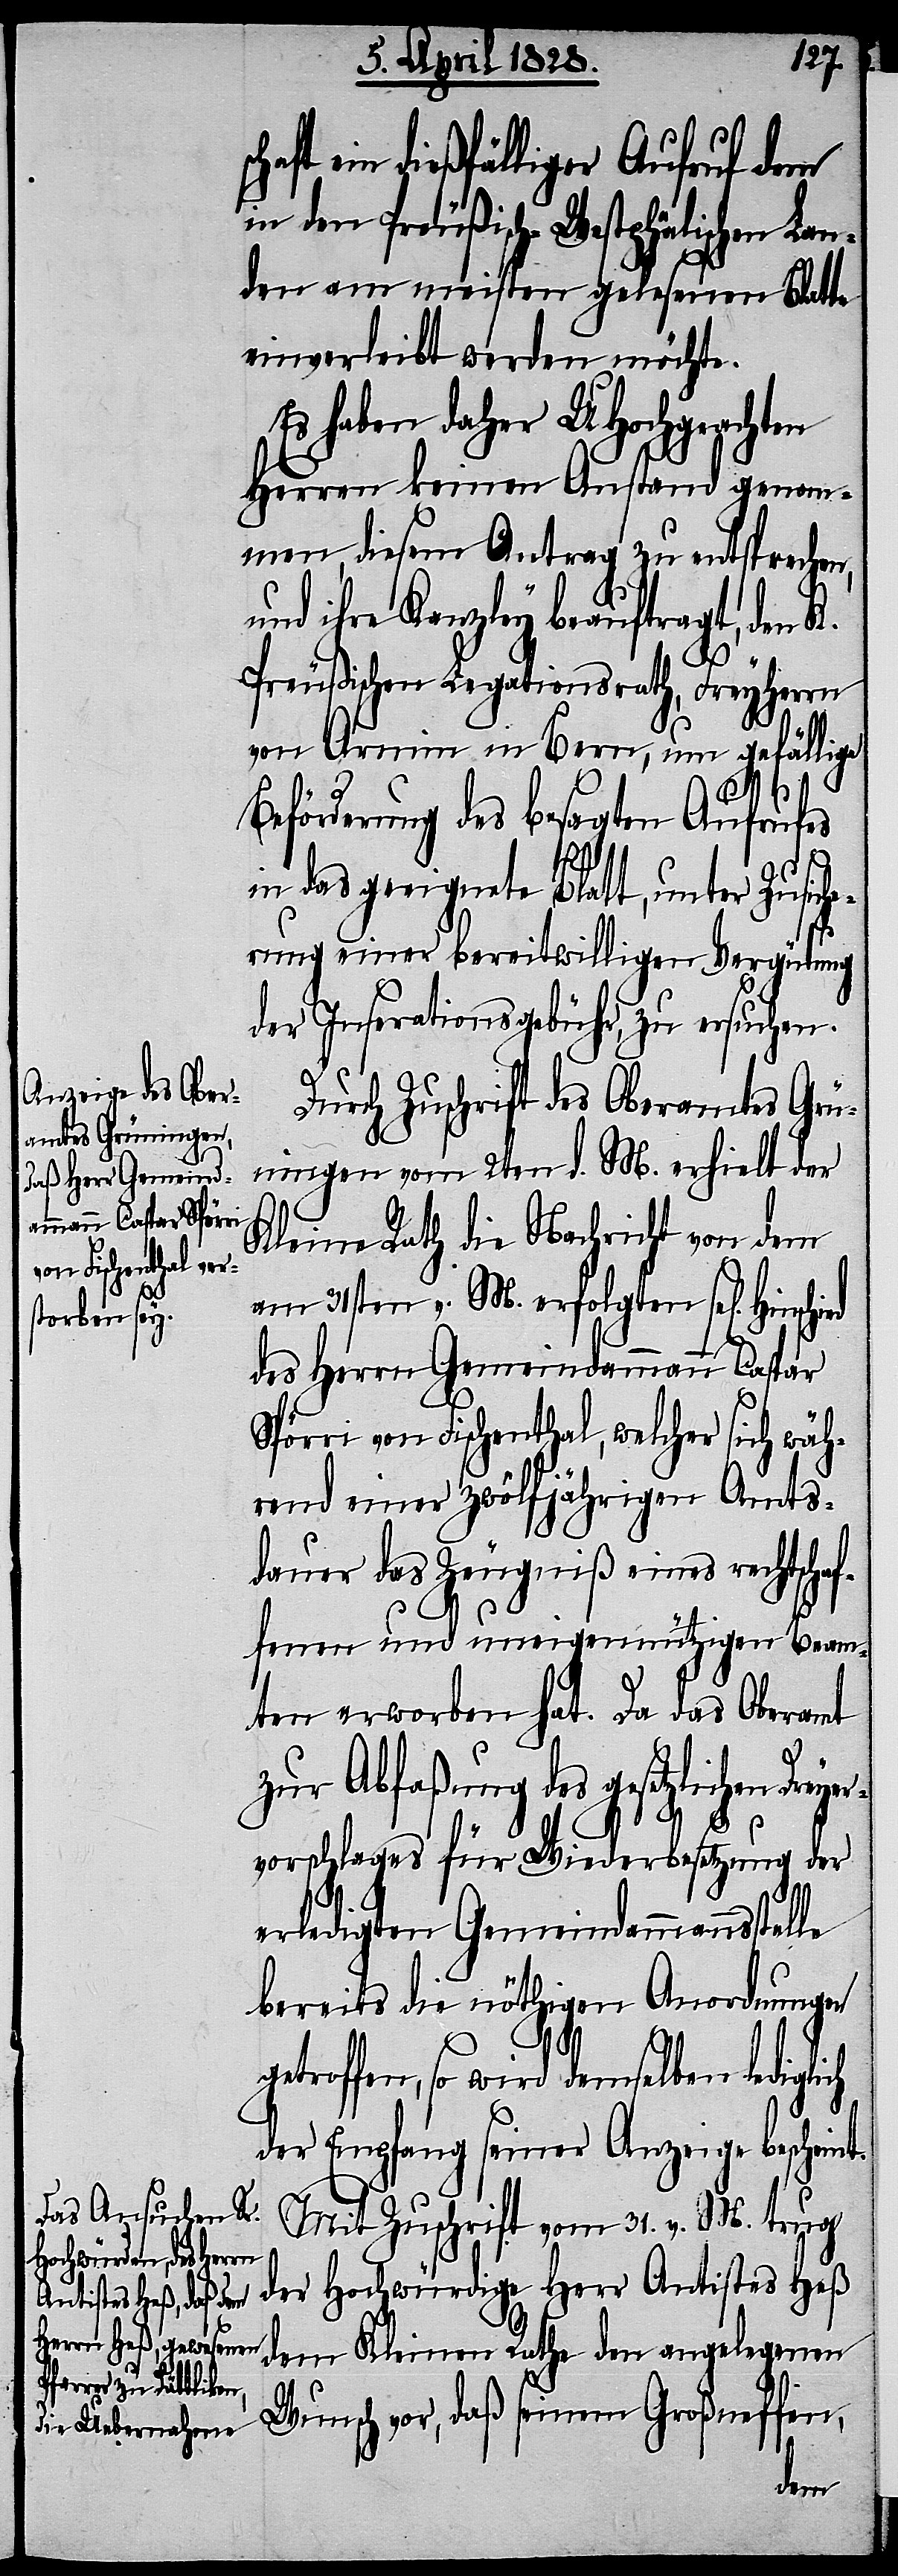
haft ein dießfälliger Aufruf dem
in dem Preußisch-Westphälischen Lan¬
de am meisten gelesenen Blatte
einverleibt werden möchte.
Es haben daher UHochgeachten
Herren keinen Anstand genom¬
men, diesem Antrag zu entsprechen,
und ihre Kanzley beauftragt, den K.
Preußischen Legationsrath, Freyherrn
von Armin in Bern, um gefällige
Beförderung des besagten Aufrufes
in das geeignete Blatt, unter Zusiche¬
rung einer bereitwilligen Vergütung
der Inserationsgebühr, zu ersuchen.
t.
Durch Zuschrift des Oberamtes Grü¬
ningen vom 2ten d. M. erhielt der
Kleine Rath die Nachricht von dem
am 31sten v. M. erfolgten sel[igen]
des Herrn Gemeindammanns Caspar
Spörri von Fischenthal, welcher sich wäh¬
rend einer zwölfjährigen Amts¬
dauer das Zeugniß eines rechtschaf¬
fenen und uneigennützigen Beam¬
ten erworben hat. Da das Oberamt
zur Abfaßung des gesetzlichen Dre¬
ch
vorschlages für Wiederbesetzung der
yer¬
erledigten Gemeindammannsstelle
bereits die nöthigen Anordnungen
g¬
etroffen, so wird demselben ledigli¬
der Empfang seiner Anzeige beschein¬
Mit Zuschrift vom 31. v. M. trug
der Hochwürdige Herr Antistes Heß
dem Kleinen Rathe den angelegenen
Wunsch vor, daß seinem Großneffen,